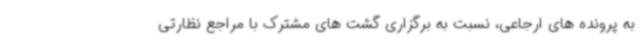
به پرونده های ارجاعی، نسبت به برگزاری گشت های مشترک با مراجع نظارتی